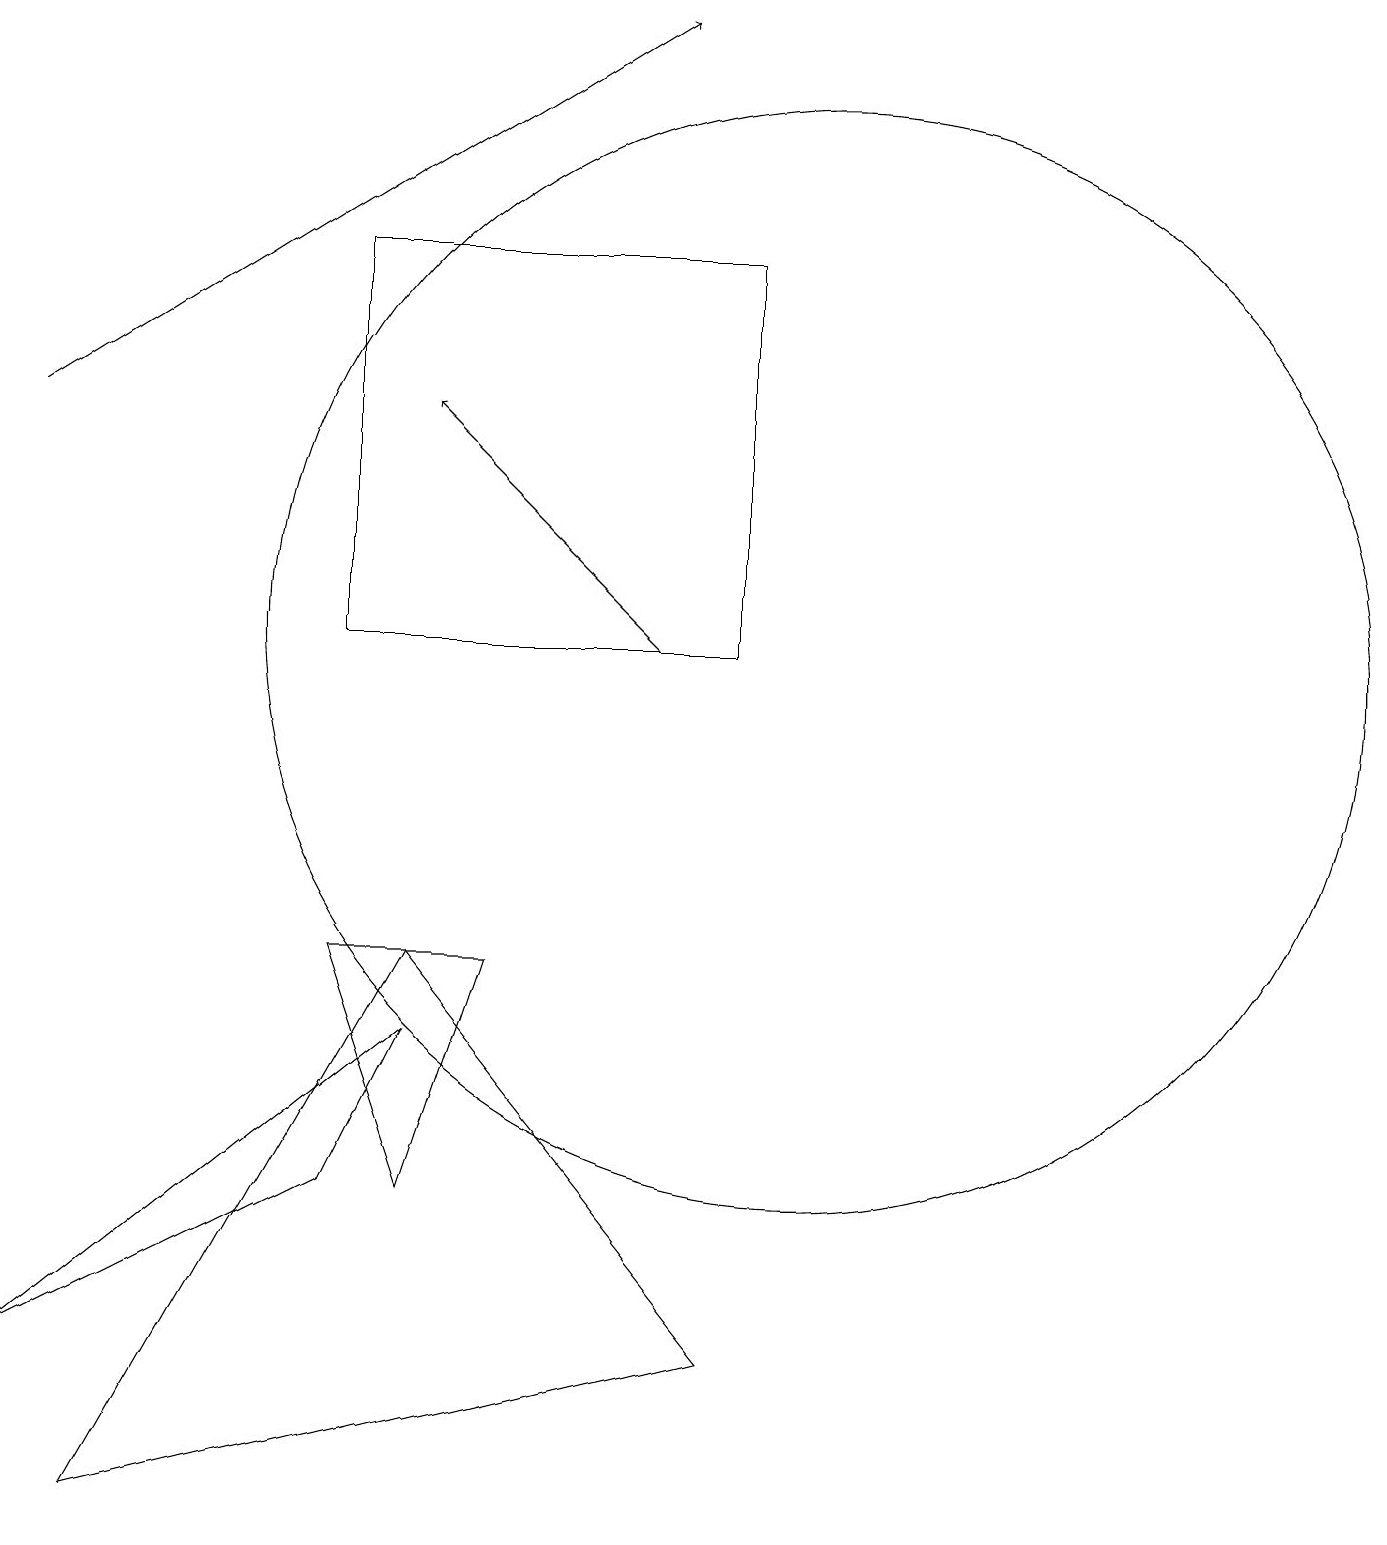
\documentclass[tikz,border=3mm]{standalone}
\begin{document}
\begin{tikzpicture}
\draw (4,7) -- (6,7) -- (5,4) -- cycle;
\draw (10,11) circle (7);
\draw (5,6) -- (4,4) -- (0,2) -- cycle;
\draw[->] (8,11) -- (5,14);
\draw (5,7) -- (1,0) -- (9,2) -- cycle;
\draw (9,11) rectangle (4,16);
\draw[->] (0,14) -- (8,19);
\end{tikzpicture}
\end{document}